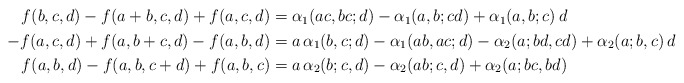
\begin{align*} \begin{aligned} f(b,c,d) -f(a+b,c,d) +f(a,c,d) &= \alpha_1(ac,bc;d) -\alpha_1(a,b;cd) +\alpha_1(a,b;c)\, d \\ -f(a,c,d) +f(a,b+c,d) -f(a,b,d) &= a\, \alpha_1(b,c;d) -\alpha_1(ab,ac;d) -\alpha_2(a;bd,cd) +\alpha_2(a;b,c)\, d \\ f(a,b,d) -f(a,b,c+d) +f(a,b,c) &= a\, \alpha_2(b;c,d) -\alpha_2(ab;c,d) +\alpha_2(a;bc,bd) \end{aligned}\end{align*}